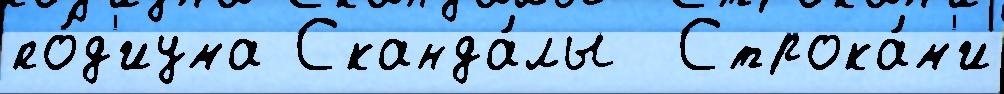
по́д'иума Сканда́лы  Строка́м'и